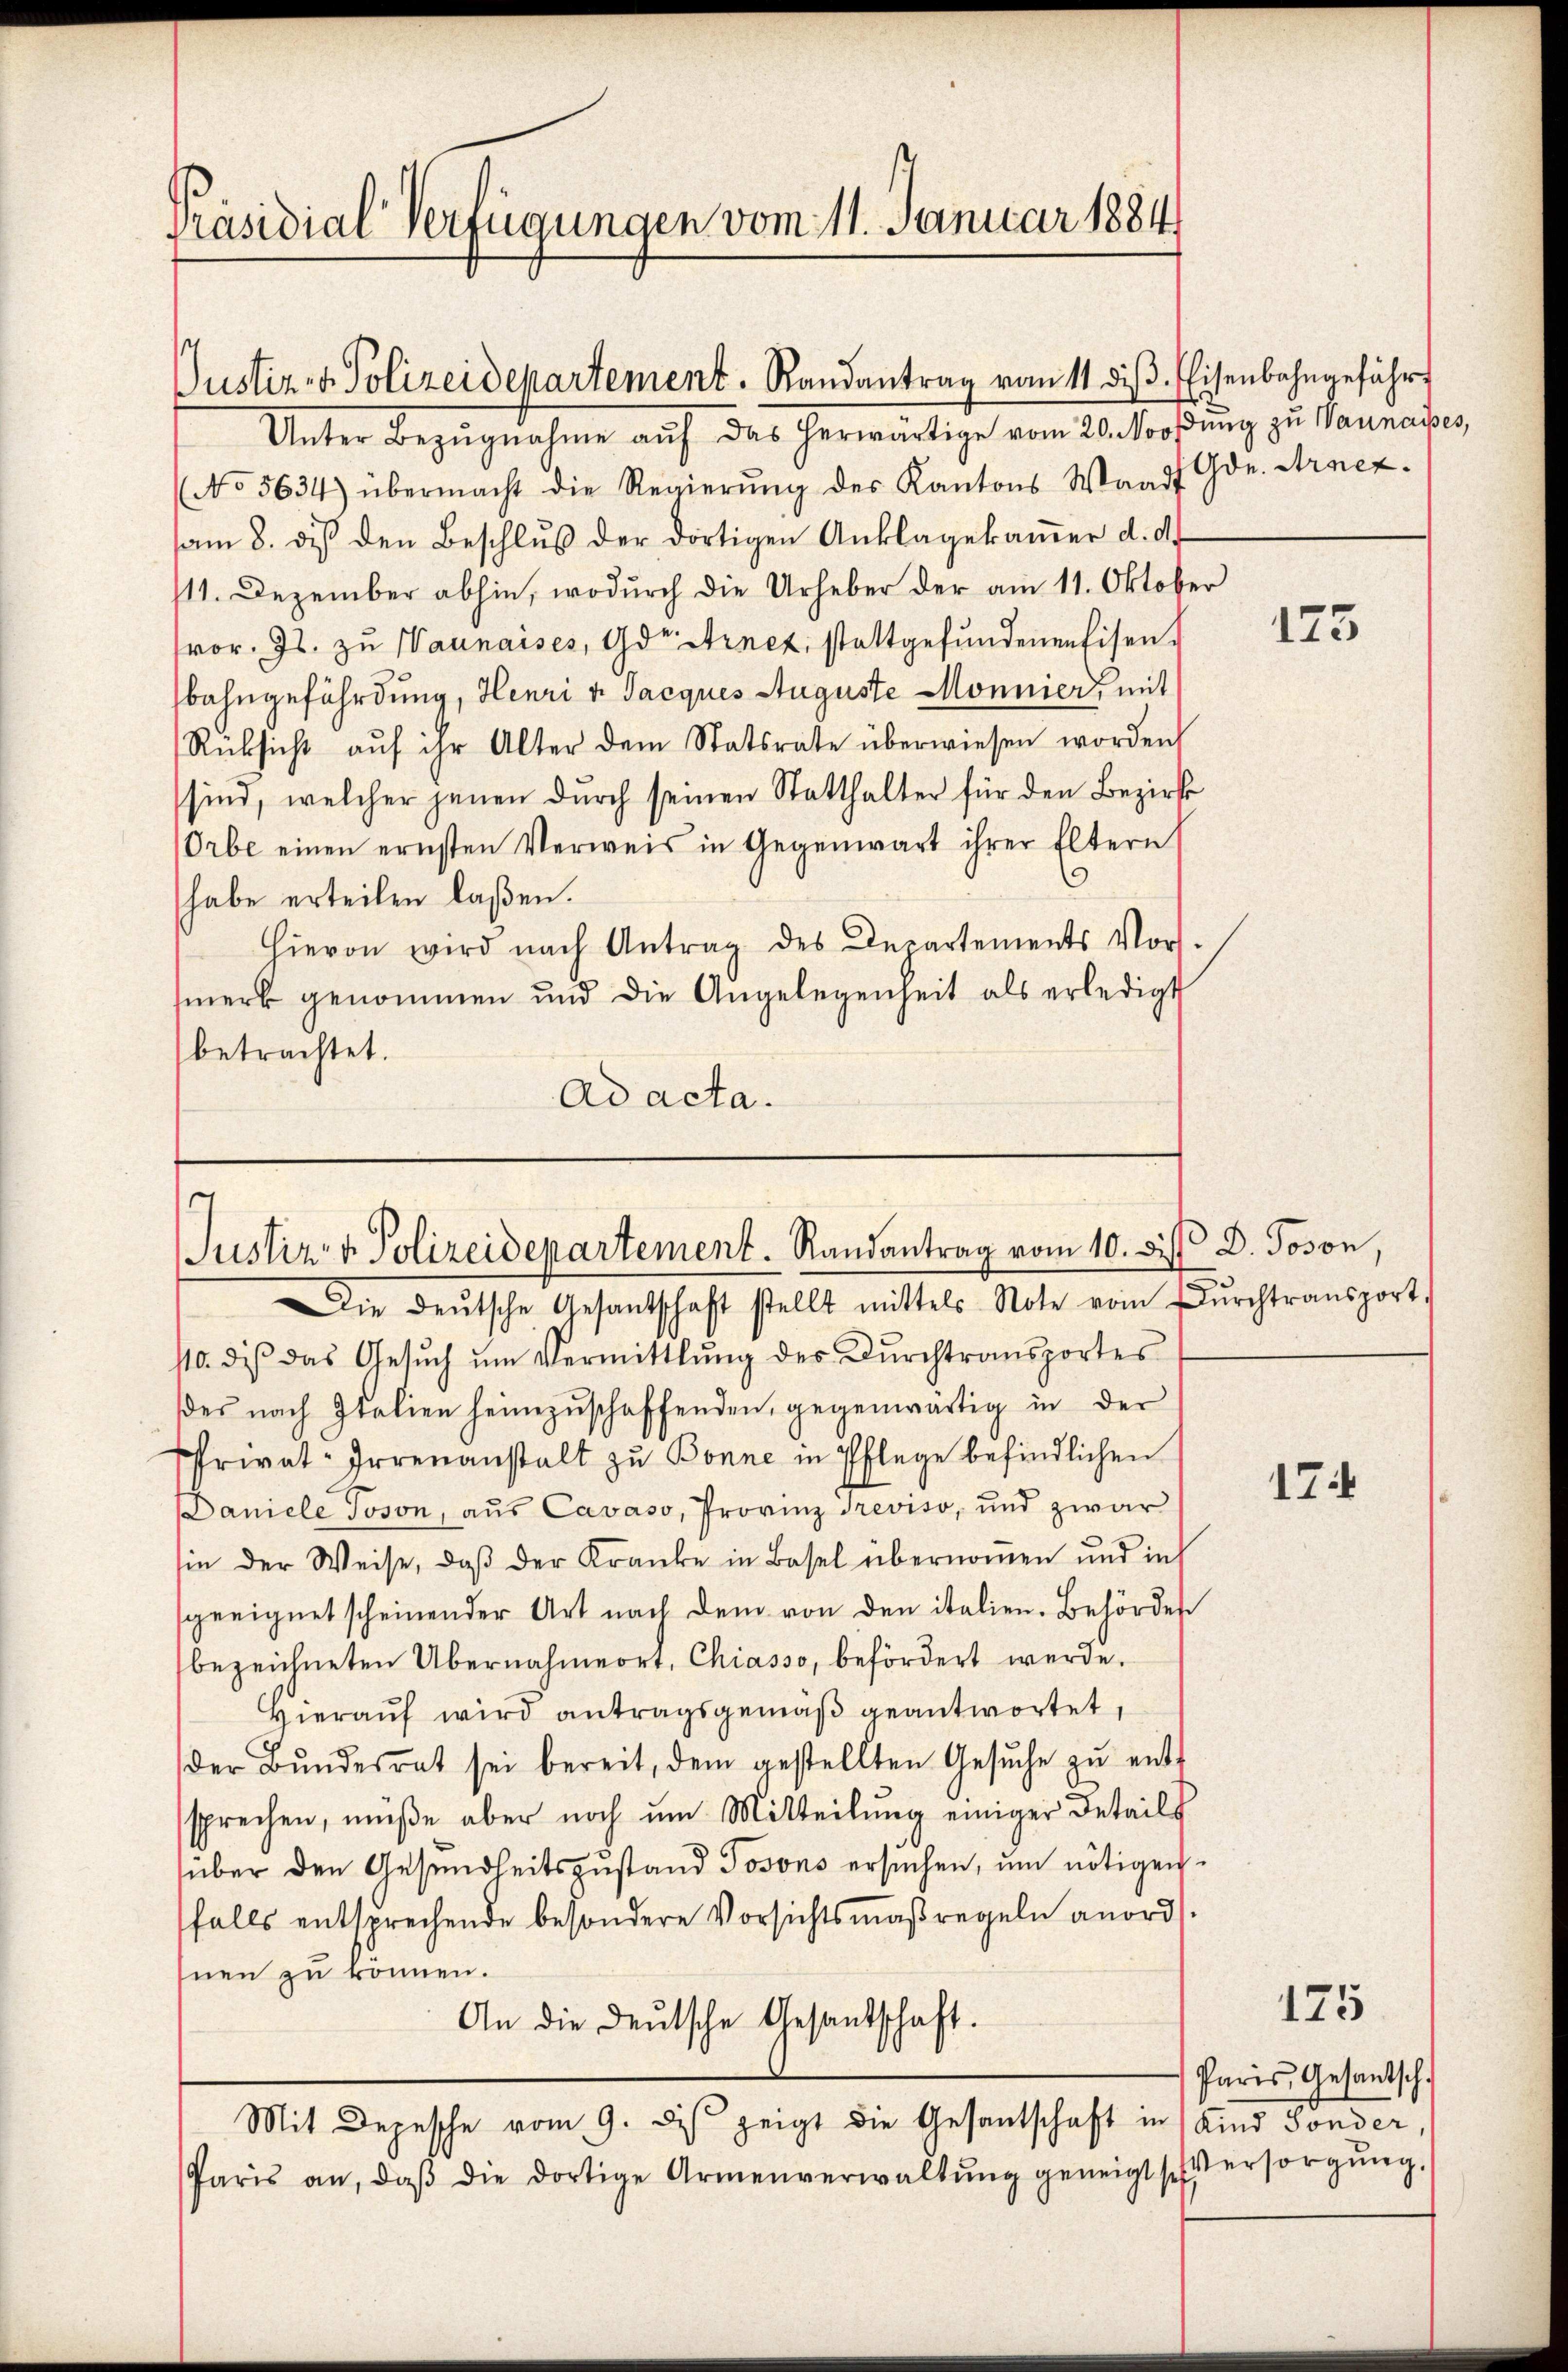
Präsidial-Verfügungen vom 11. Januar 1884

Unter Bezugnahme auf das herwärtige vom 20. Nooßung zu Naunaires,
(No 5634) übermacht die Regierŭng des Kantons Waadt Gde. Arnez.
am 8. des den Beschlŭβ der dortigen Anklagekamer d. d.
111. Dezember abhin, wodurch die Urheber der am 11. Oktober
vor. Js. zu Wannaises, oder Arnet, stattgefundenen Eisen.
bahngefährdung, Henri v. Jacques Auguste Monnier, mit
Rüksicht aŭf ihr Alter dem Statsrate überwiesen worden
sind, welcher jenen durch seinen Statthalter für den Bezirk
Orbe einen ernsten Verweis in Gegenwart ihrer Eltern
s
habe erteilen laßen.
Hievon wird nach Antrag des Departements Vor-
merk genommen und die Angelegenheit als erledigt
betrachtet.
Ad acta.

Justiz- & Polizeidepartement. Randantrag vom 11. diβ Eisenbahngeführ

Justiz- & Polizeidepartement. Randantrag vom 10. di
Die deŭtsche Gesantschaft stellt mittels Note vom Dŭrchtransport.

10. die das Gesŭch ŭm Vermittlung der Dŭrchtransportes
des nach Italien heimzuschaffenden, gegenwärtig in der
Privat-Irrenanstalt zu Bonne in Pflege befindlichen
Daniele Joson, aus Cavaso, Provinz Treviso, und zwar
sie der Weise, daβ der Kranke in Basel übernommen und in
geeignet scheinender Art nach dem von den italien. Behörder
bezeichneten Übernahmeort, Chiasso, befördert werde.
Hieraŭf wird antragsgemäβ geantwortet,
der Bŭndesrat sei bereit, dem gestellten Gesŭche zŭ ent-
sprechen, müße aber noch um Mitteilŭng einiger Beteils
über den Gesundheitszustand Josons ersuchen, um nötigen
falls entsprechende besondere Vorsichtsmaßregeln anordhnen zu können.
An die deutsche Gesandschaft.
Mit Depesche vom 9. des zeigt die Gesandtschaft in Kind Sonder,
Paris an, daβ die dortige Armenverwaltŭng geneigt sehersorgŭng.

175

D. Joson,

174

175

Paris, Gesantsch.